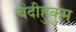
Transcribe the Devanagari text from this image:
बंदीहुकुम